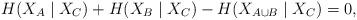
LaTeX: \begin{align*}H(X_A \mid X_C) + H(X_B \mid X_C) - H(X_{A\cup B} \mid X_C) =0, \end{align*}